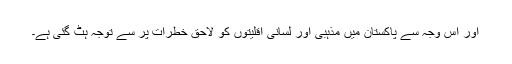
اور اس وجہ سے پاکستان میں مذہبی اور لسانی اقلیتوں کو لاحق خطرات پر سے توجہ ہٹ گئی ہے۔